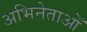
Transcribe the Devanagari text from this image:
अभिनेताओँ